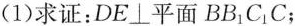
(1)求证：DE\perp 平面BB_{1}C_{1}C；